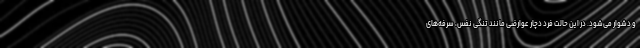
و دشوار می‌شود. در این حالت فرد دچار عوارضی مانند تنگی نفس، سرفه‌های